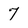
Character: 7